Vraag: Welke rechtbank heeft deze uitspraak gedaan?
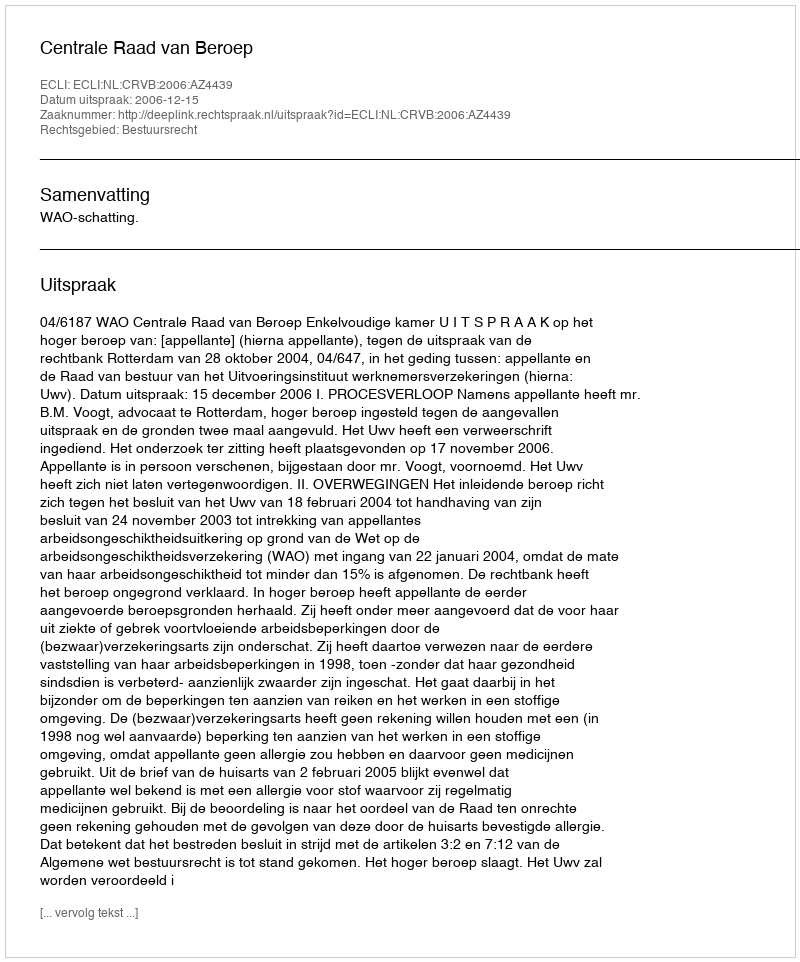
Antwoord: Centrale Raad van Beroep